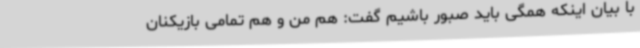
با بیان اینکه همگی باید صبور باشیم گفت: هم من و هم تمامی بازیکنان